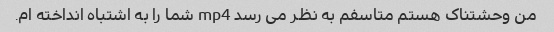
من وحشتناک هستم متاسفم به نظر می رسد mp4 شما را به اشتباه انداخته ام.